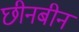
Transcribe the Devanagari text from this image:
छीनबीन